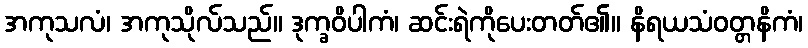
အကုသလံ၊ အကုသိုလ်သည်။ ဒုက္ခဝိပါကံ၊ ဆင်းရဲကိုပေးတတ်၏။ နိရယသံဝတ္တနိကံ၊